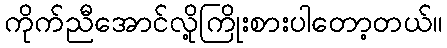
ကိုက်ညီအောင်လို့ကြိုးစားပါတော့တယ်။